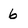
Character: 6